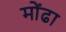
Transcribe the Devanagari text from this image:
मोंढा